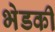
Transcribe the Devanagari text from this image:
भेडकी